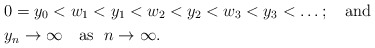
\begin{align*}&0 = y_0 < w_1 < y_1 < w_2 < y_2 < w_3 < y_3 < \dots;\ \ \ {\rm and}\\&y_n \to \infty\ \ \ {\rm as}\ \ n \to \infty.\end{align*}